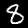
Digit: 8